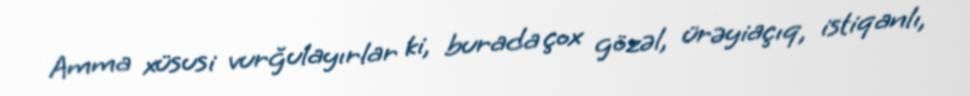
Amma xüsusi vurğulayırlar ki, burada çox gözəl, ürəyiaçıq, istiqanlı,